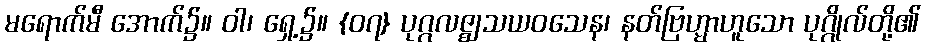
မရောက်မီ အောက်၌။ ဝါ၊ ရှေ့၌။ {၀၇} ပုဂ္ဂလဇ္ဈသယဝသေန၊ နတ်ဗြဟ္မာဟူသော ပုဂ္ဂိုလ်တို့၏